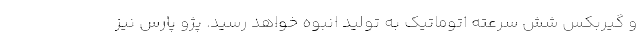
و گیربکس شش سرعته اتوماتیک به تولید انبوه خواهد رسید. پژو پارس نیز